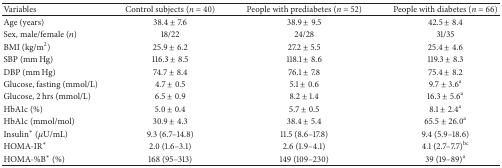
<table><thead><tr><td><b>Variables </b></td><td><b>Control subjects (<i>n</i> = 40)</b></td><td><b>People with prediabetes (<i>n</i> = 52)</b></td><td><b>People with diabetes (<i>n</i> = 66)</b></td></tr></thead><tbody><tr><td>Age (years)</td><td>38.4 ± 7.6</td><td>38.9 ± 9.5</td><td>42.5 ± 8.4</td></tr><tr><td>Sex, male/female (<i>n</i>)</td><td>18/22</td><td>24/28</td><td>31/35</td></tr><tr><td>BMI (kg/m<sup>2</sup>)</td><td>25.9 ± 6.2</td><td>27.2 ± 5.5</td><td>25.4 ± 4.6</td></tr><tr><td>SBP (mm Hg)</td><td>116.3 ± 8.5</td><td>118.1 ± 8.6</td><td>119.3 ± 8.3</td></tr><tr><td>DBP (mm Hg)</td><td>74.7 ± 8.4</td><td>76.1 ± 7.8</td><td>75.4 ± 8.2</td></tr><tr><td>Glucose, fasting (mmol/L)</td><td>4.7 ± 0.5</td><td>5.1 ± 0.6</td><td>9.7 ± 3.6<sup>a</sup></td></tr><tr><td>Glucose, 2 hrs (mmol/L)</td><td>6.5 ± 0.9</td><td>8.2 ± 1.4</td><td>16.3 ± 5.6<sup>a</sup></td></tr><tr><td>HbA1c (%)</td><td>5.0 ± 0.4</td><td>5.7 ± 0.5</td><td>8.1 ± 2.4<sup>a</sup></td></tr><tr><td>HbA1c (mmol/mol)</td><td>30.9 ± 4.3</td><td>38.4 ± 5.4</td><td>65.5 ± 26.0<sup>a</sup></td></tr><tr><td>Insulin<sup>∗</sup> (<i>μ</i>U/mL)</td><td>9.3 (6.7–14.8)</td><td>11.5 (8.6–17.8)</td><td>9.4 (5.9–18.6)</td></tr><tr><td>HOMA-IR<sup>∗</sup></td><td>2.0 (1.6–3.1)</td><td>2.6 (1.9–4.1)</td><td>4.1 (2.7–7.7)<sup>bc</sup></td></tr><tr><td>HOMA-%B<sup>∗</sup> (%)</td><td>168 (95–313)</td><td>149 (109–230)</td><td>39 (19–89)<sup>a</sup></td></tr></tbody></table>